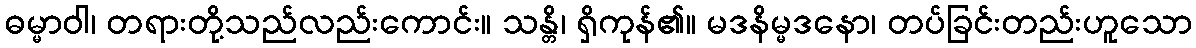
ဓမ္မာဝါ၊ တရားတို့သည်လည်းကောင်း။ သန္တိ၊ ရှိကုန်၏။ မဒနိမ္မဒနော၊ တပ်ခြင်းတည်းဟူသော